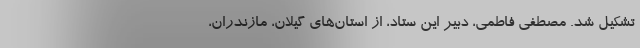
تشکیل شد. مصطفی فاطمی، دبیر این ستاد، از استان‌های گیلان، مازندران،